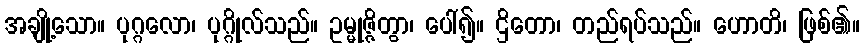
အချို့သော။ ပုဂ္ဂလော၊ ပုဂ္ဂိုလ်သည်။ ဥမ္မုဇ္ဇိတွာ၊ ပေါ်၍။ ဌိတော၊ တည်ရပ်သည်။ ဟောတိ၊ ဖြစ်၏။